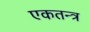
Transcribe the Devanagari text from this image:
एकतन्त्र